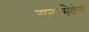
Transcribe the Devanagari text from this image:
अनामिकेने